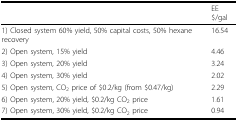
<table><thead><tr><td></td><td><b>EE $/gal</b></td></tr></thead><tbody><tr><td>1) Closed system 60% yield, 50% capital costs, 50% hexane recovery</td><td>16.54</td></tr><tr><td>2) Open system, 15% yield</td><td>4.46</td></tr><tr><td>3) Open system, 20% yield</td><td>3.24</td></tr><tr><td>4) Open system, 30% yield</td><td>2.02</td></tr><tr><td>5) Open system, CO<sub>2</sub> price of $0.2/kg (from $0.47/kg)</td><td>2.29</td></tr><tr><td>6) Open system, 20% yield, $0.2/kg CO<sub>2</sub> price</td><td>1.61</td></tr><tr><td>7) Open system, 30% yield, $0.2/kg CO<sub>2</sub> price</td><td>0.94</td></tr></tbody></table>